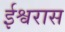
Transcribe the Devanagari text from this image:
ईश्वरास